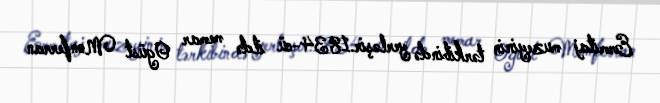
Ermitaj muzeyinin tərkibində yerləşir.1834-cü ildə memar Ogüst Monferran